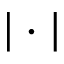
\vert \cdot \vert